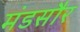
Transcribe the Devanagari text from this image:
मंडसौर